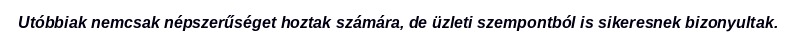
Utóbbiak nemcsak népszerűséget hoztak számára, de üzleti szempontból is sikeresnek bizonyultak.